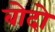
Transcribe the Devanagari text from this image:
बोदो